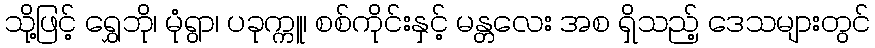
သို့ဖြင့် ရွှေဘို၊ မုံရွာ၊ ပခုက္ကူ၊ စစ်ကိုင်းနှင့် မန္တလေး အစ ရှိသည့် ဒေသများတွင်